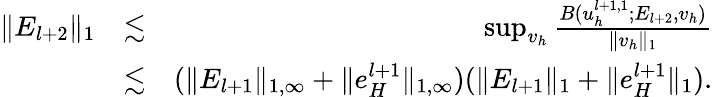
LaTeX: \begin{array}{rlr}{\| E_{l+2}\| _{1}}&{\lesssim}&{\operatorname*{sup}_{v_{h}}\frac{B(u_{h}^{l+1,1};E_{l+2},v_{h})}{\| v_{h}\| _{1}}}\\ &{\lesssim}&{(\| E_{l+1}\| _{1,\infty}+\| e_{H}^{l+1}\| _{1,\infty})(\| E_{l+1}\| _{1}+\| e_{H}^{l+1}\| _{1}).}\end{array}